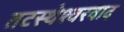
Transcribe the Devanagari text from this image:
तटस्थेश्वरवाद